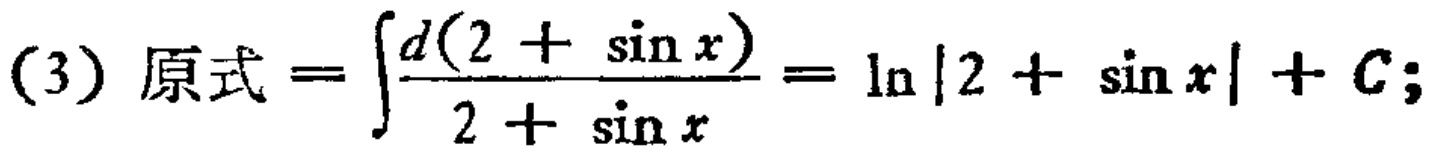
(3) 原式 \(=\int\frac{d(2 + \sin x)}{2 + \sin x}=\ln|2 + \sin x| + C;\)